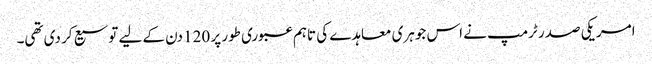
امریکی صدر ٹرمپ نے اس جوہری معاہدے کی تاہم عبوری طور پر 120 دن کے لیے توسیع کر دی تھی۔